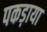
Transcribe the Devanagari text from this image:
पकड़ाया